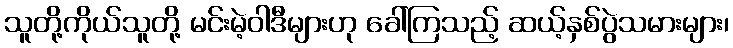
သူတို့ကိုယ်သူတို့ မင်းမဲ့ဝါဒီများဟု ခေါ်ကြသည့် ဆယ့်နှစ်ပွဲသမားများ၊